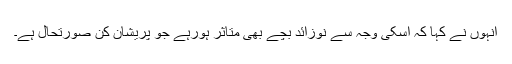
انہوں نے کہا کہ اسکی وجہ سے نوزائد بچے بھی متاثر ہورہے جو پریشان کن صورتحال ہے۔